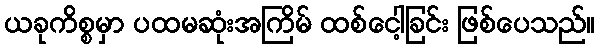
ယခုကိစ္စမှာ ပထမဆုံးအကြိမ် ထစ်ငေါ့ခြင်း ဖြစ်ပေသည်။